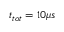
t _ { t o t } = 1 0 \mu s